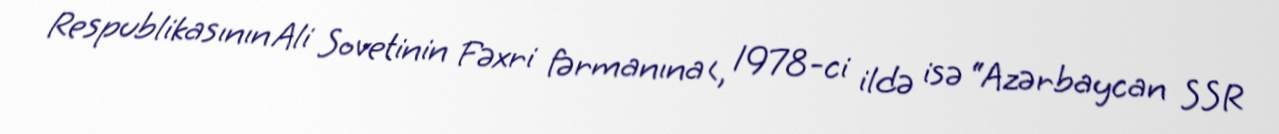
Respublikasının Ali Sovetinin Fəxri fərmanına<, 1978-ci ildə isə “Azərbaycan SSR